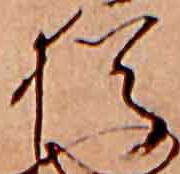
猶